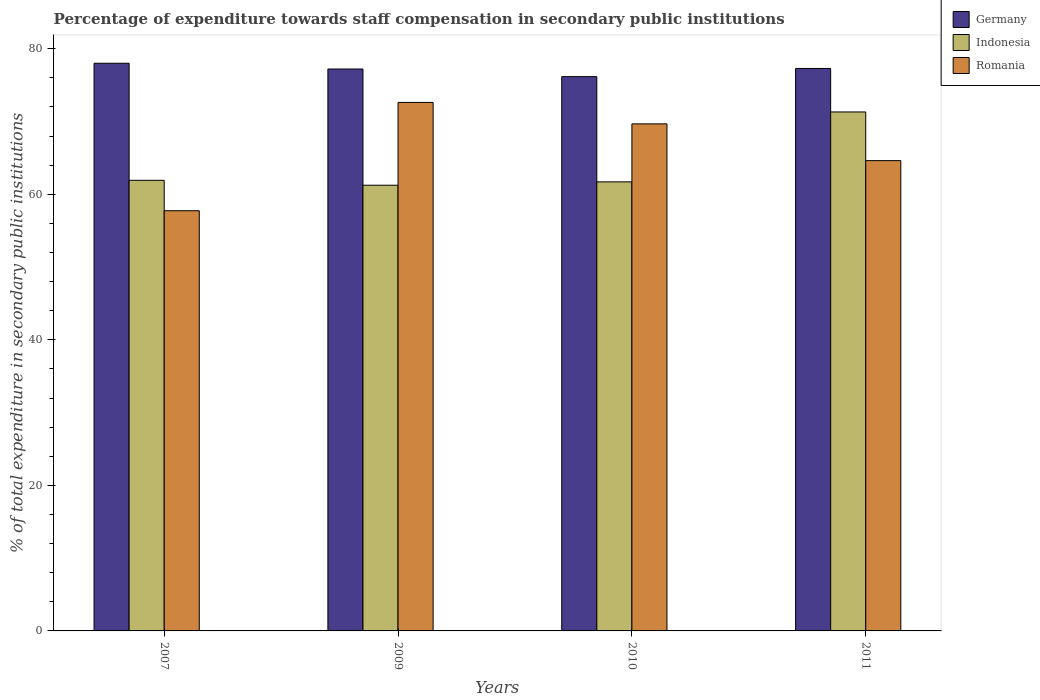
| Years | Germany | Indonesia | Romania |
 | --- | --- | --- | --- |
 | 2007 | 78 | 61.9 | 57.7 |
 | 2009 | 77.2 | 61.2 | 72.6 |
 | 2010 | 76.2 | 61.7 | 69.7 |
 | 2011 | 77.3 | 71.3 | 64.6 |